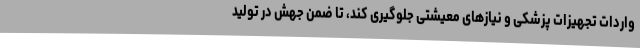
واردات تجهیزات پزشکی و نیازهای معیشتی جلوگیری کند، تا ضمن جهش در تولید